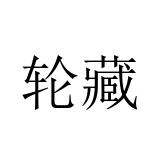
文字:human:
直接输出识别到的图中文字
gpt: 轮藏